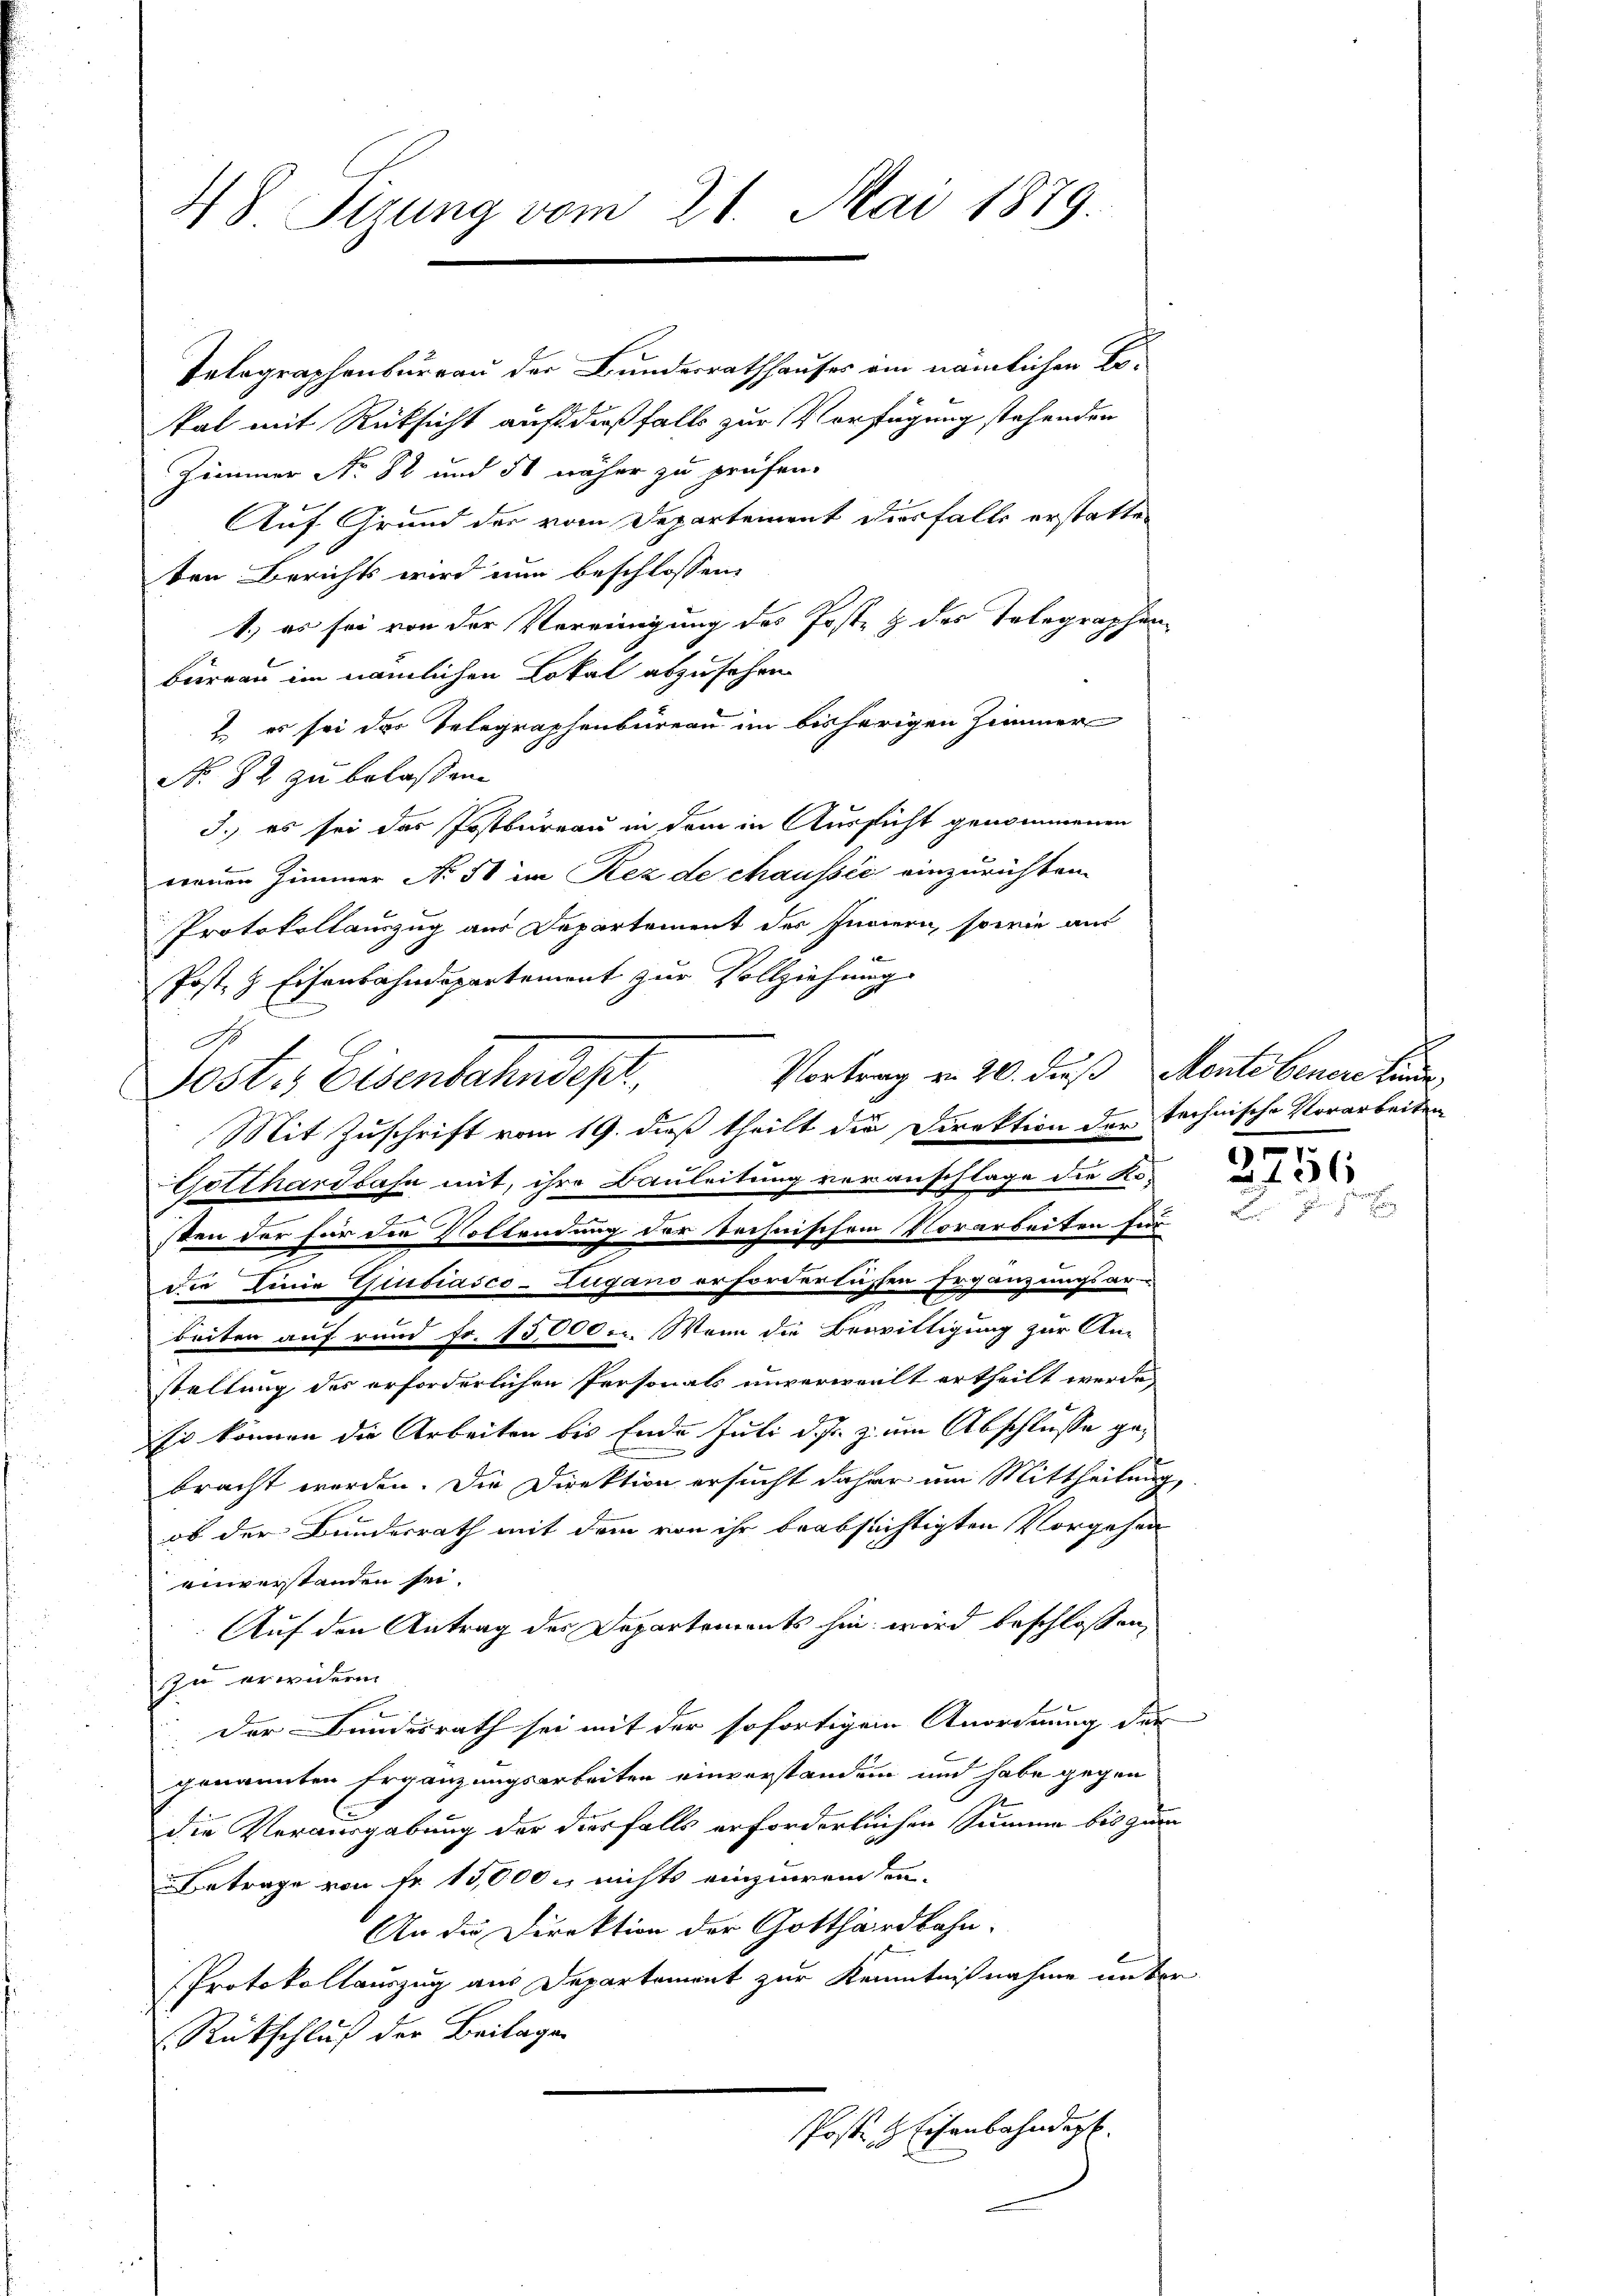
48 Tizung vom 21. Mai 1879.

kal mit Rücksicht auf dießfalls zur Verfügung stehenden
Zimmer No. 82 und 51 näher zu prüfen.
Auf Grund der vom Departement diesfalle erstatte
ten Berichts wird nun beschlossen:
büreau im nämlichen Lokal abzusehen
2. es sei das Telegraphenbureau im bisherigen Zimmer
No. 82 zu belassen.
3.) es sei das Postbureau in dem in Aussicht genommenen
neuen Zimmer No 50 im Rez de chaussić einzurichten
Protokollauszug aus Departement des Innern, sowie aus
Post- & Eisenbahndepartement zur Vollziehung
A.
Post. Eisenbahndept,
Mit Zuschrift vom 19. dieß theilt die Direktion der technische Vorarbeiten
Gotthardbahn mit, ihre Bauleitung voranschlage die Kosten der für die Vollendung der technischem Vorarbeiten für
.
die Linie Giubiasco-Zugano erforderlichen Ergänzungsar-
beiten auf rund Fr. 15,000.r. Wenn die Bewilligung zur An-
stellung des erforderlichen Personals unverweilt ertheilt werde
Es können die Arbeiten bis Ende Juli d. s. z. um Abschlusse gebracht werden. Die Direktion ersucht daher um Mittheilung,
ob der Bundesrath mit dem von ihr beabsichtigten Vorgehen
einverstanden sei.
Auf den Antrag des Departements hin wird beschlossen,
In erwidere
Der Bundesrath sei mit der sofortigem Anordnung der
genannten Ergänzungsarbeiten einverstanden und habe gegen
J.
die Vorausgabung der diesfalls erforderlichen Summe bis zum
Betrage von Fr. 15,000 – nichts einzuweisen.
An die Direktion der Gotthardbahn-
Protokollauszug aus Departement zur Kenntnißnahme unter
Rückschluß der Beilagen
Posten Eisenbahndigt.

Telegraphenbureau der Bundesrathhauses am nämlichen Lo¬
1.) es sei von der Vereinigung des Post & des Telegraphen¬
1

Vortrag v. 20. dieß Monte benere Linde,

3256
guen Her
2